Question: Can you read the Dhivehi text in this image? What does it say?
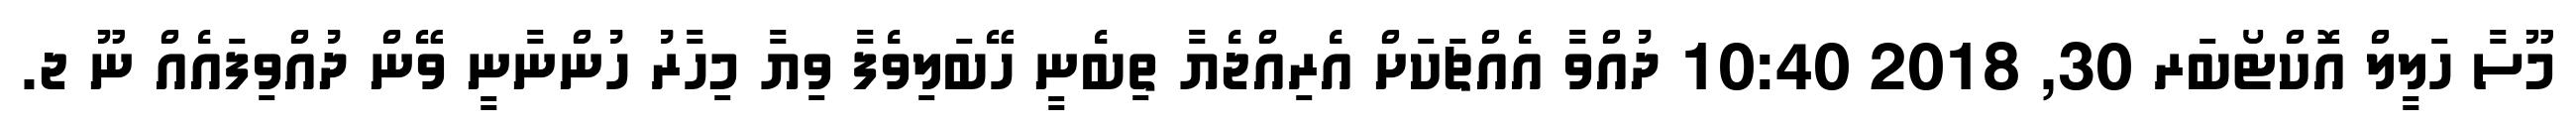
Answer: މޫސާ ހަލީލް އޮކްޓޯބަރ 30, 2018 10:40 ދުއްވާ އެއްޗަކަށް އެރިއްޖެޔާ ތިބެނީ ހޭބަލިވެފާ ވިޔާ މިހާރު ހުންނާނީ ވޭން ދުއްވިފައެއް ނޫ ޖ.